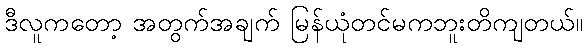
ဒီလူကတော့ အတွက်အချက် မြန်ယုံတင်မကဘူးတိကျတယ်။